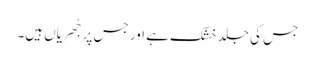
جس کی جلد خشک ہے اور جس پر جُھریاں ہیں۔